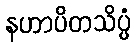
နဟာပိတသိပ္ပံ